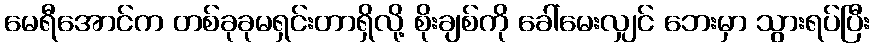
မေရီအောင်က တစ်ခုခုမရှင်းတာရှိလို့ စိုးချစ်ကို ခေါ်မေးလျှင် ဘေးမှာ သွားရပ်ပြီး